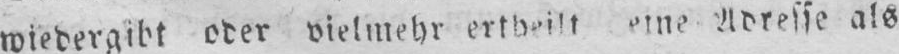
Adresse als